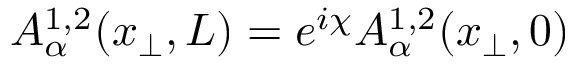
A _ { \alpha } ^ { 1 , 2 } ( x _ { \perp } , L ) = e ^ { i \chi } A _ { \alpha } ^ { 1 , 2 } ( x _ { \perp } , 0 )